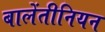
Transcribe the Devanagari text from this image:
बालेंतीनियन